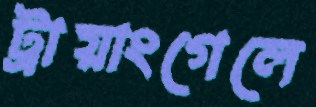
ট্রায়াংগেলে